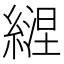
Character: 𦄇